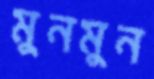
মুনমুন